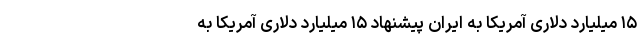
۱۵ میلیارد دلاری آمریکا به ایران پیشنهاد ۱۵ میلیارد دلاری آمریکا به